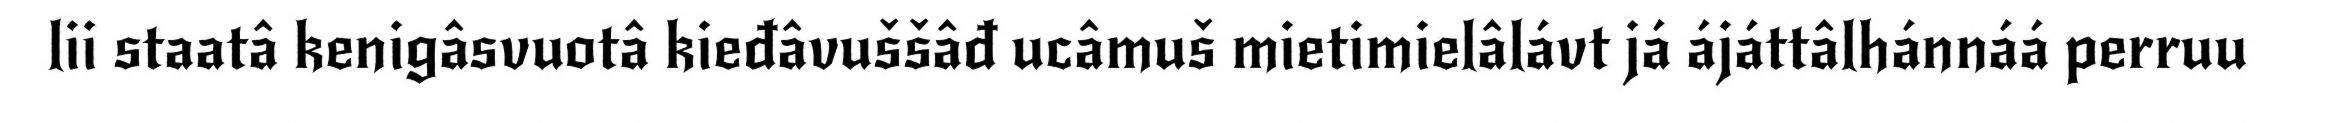
lii staatâ kenigâsvuotâ kieđâvuššâđ ucâmuš mietimielâlávt já ájáttâlhánnáá perruu